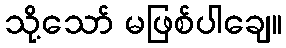
သို့သော် မဖြစ်ပါချေ။